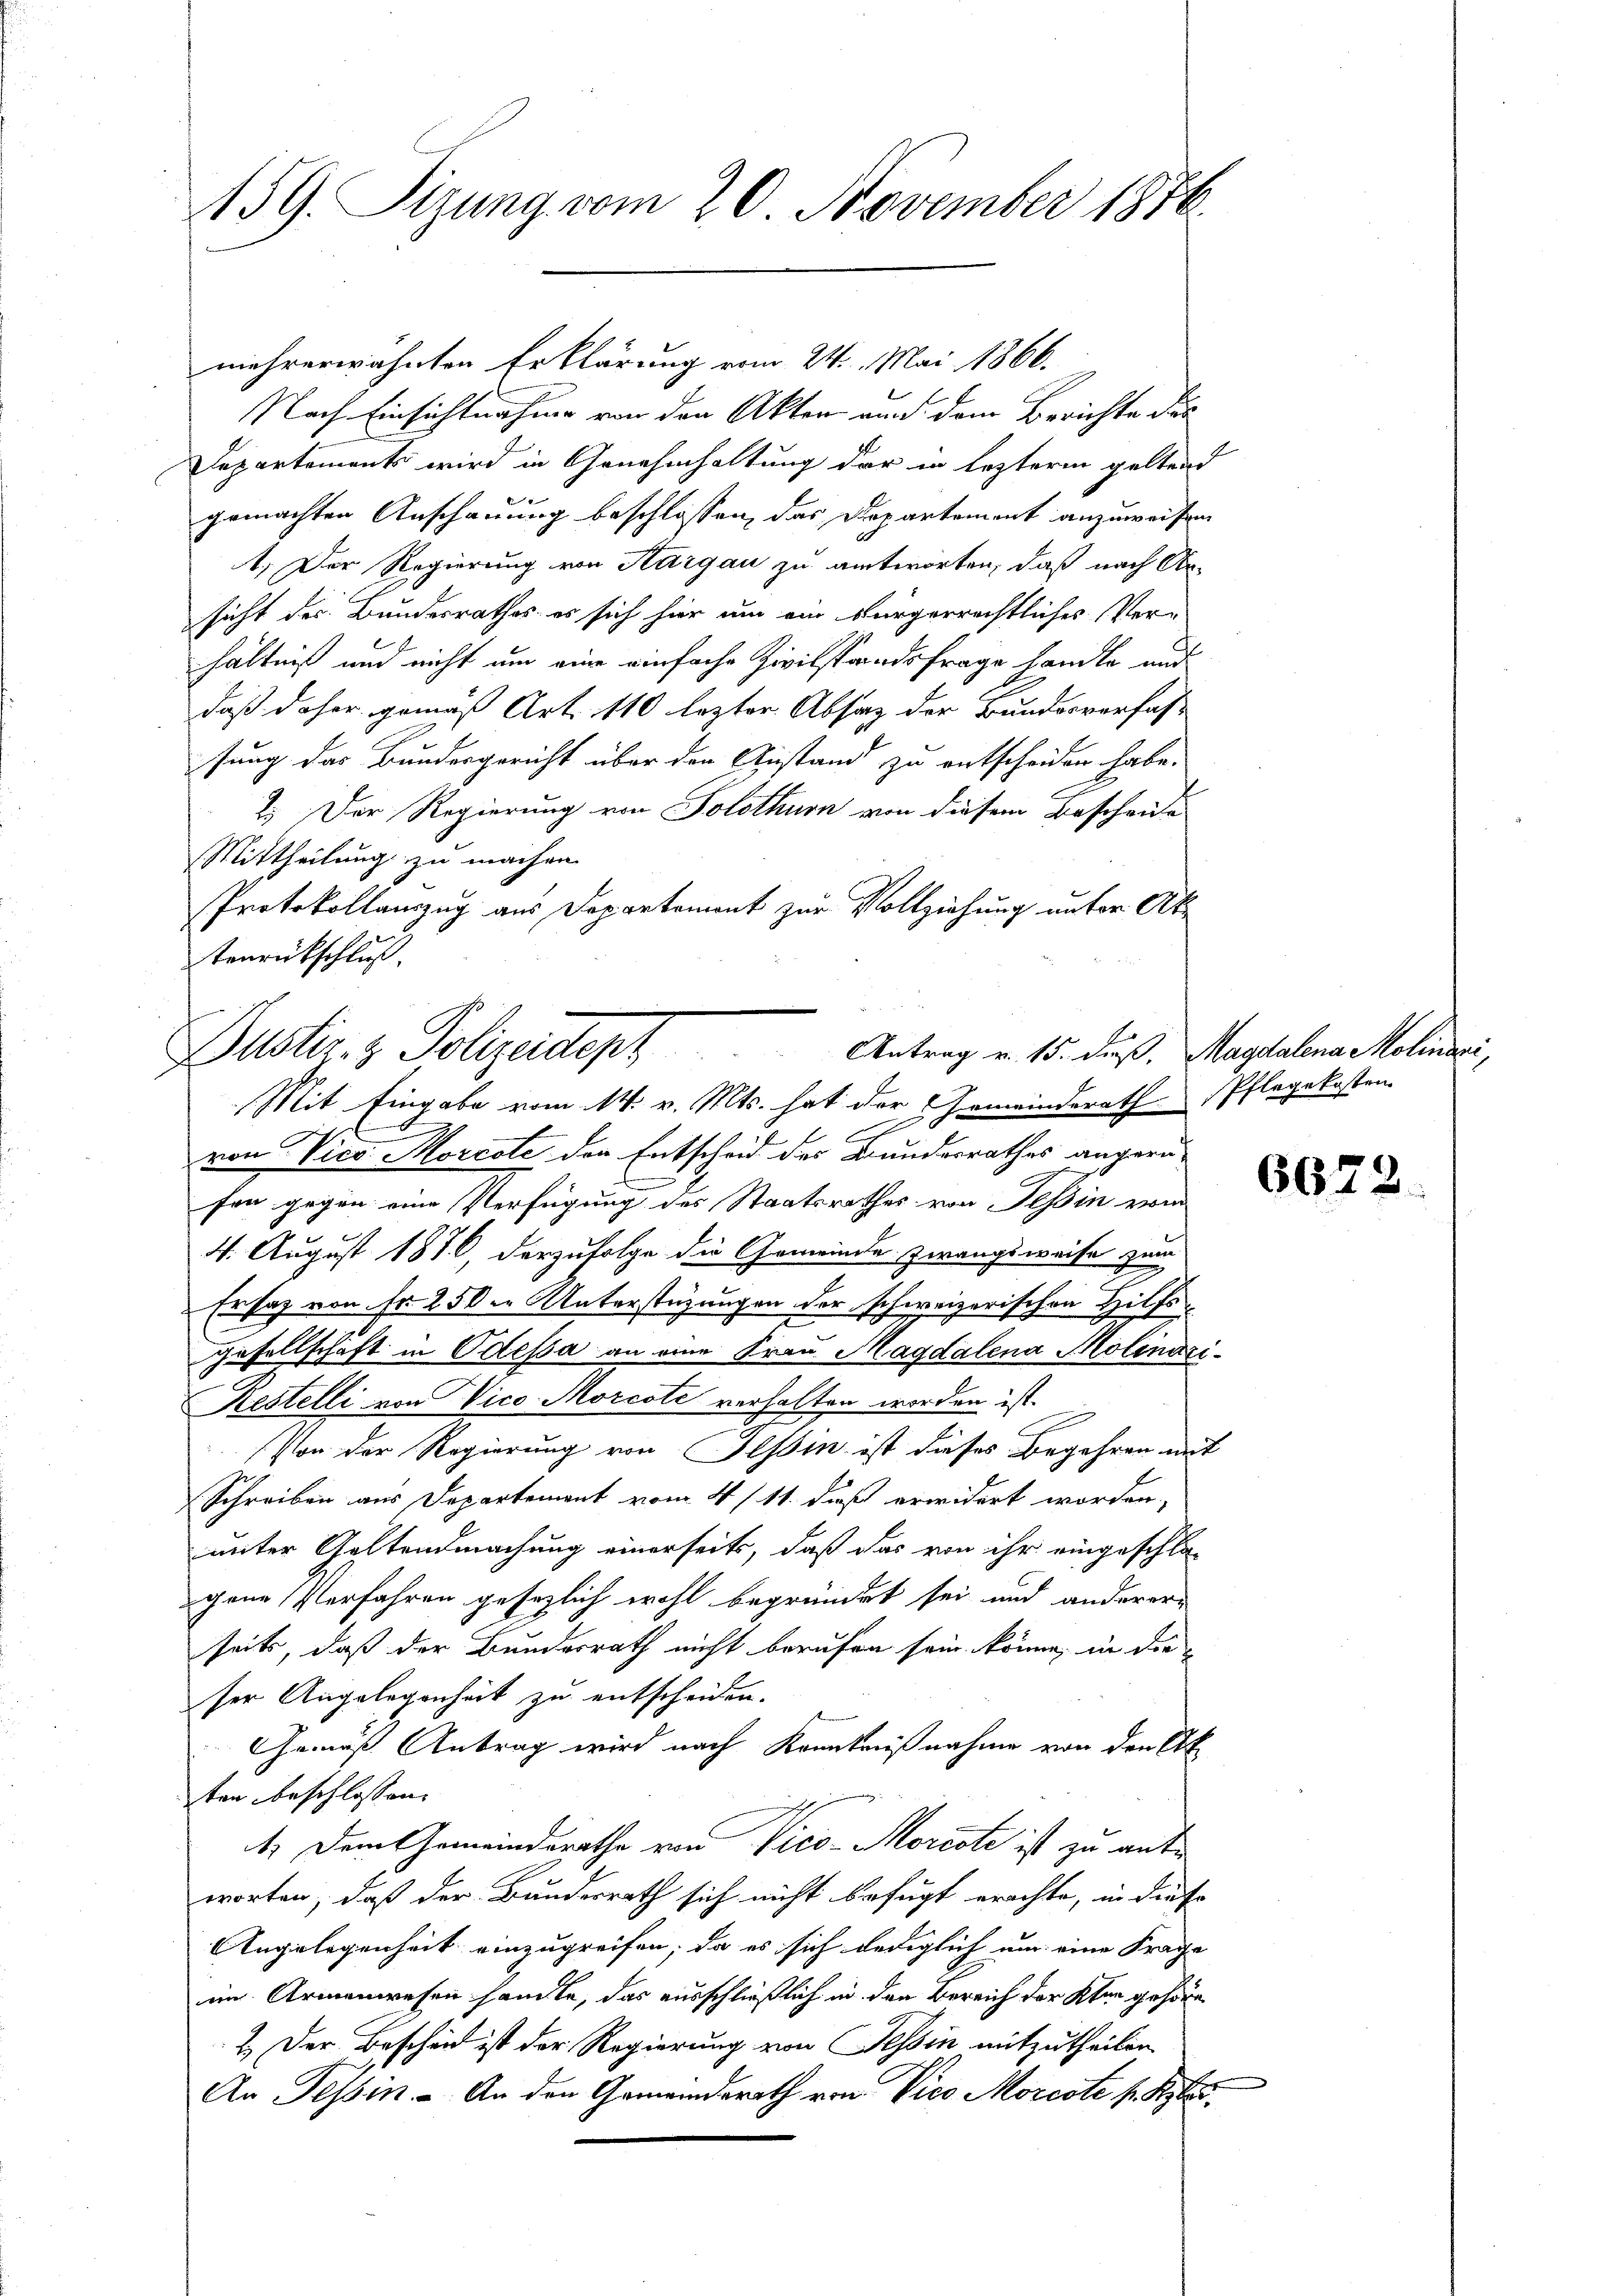
159. Sizung vom 20. November 1876.

Nach Einsichtnahme von den Akten und dem Berichte des
Departements wird in Genehmhaltung der in lezterm geltend
gemachten Anschauung beschlossen, das Departement anzuweisen
1. Der Regierung von Aargau zu antworten, daß nach Arsicht des Bundesrathes es sich hier um ein bürgerrechtliches Ver-
hältniß und nicht um eine einfache Zivilstandsfrage handte und
daß daher gemäß Art. 110 lezter Absaz der Bundesverfas-
sung das Bundesgericht über der Anstand zu entscheiden habe.
1. Der Regierung von Solothurn von diesem Bescheide
Mittheilung zu machen.
Protokollauszug aus Departement zur Vollziehung unter Attenrückschluß.

mehrerwähnten Erklärung vom 24. Mai 1866.

Puster. z. Polizeident
Antrag v. 15. daß
Mit Eingabe vom 14. v. Mts. hat der Gemeinderath Pflegekosten

Magdalena Molinari,

e
i

von Vico Morcote der Entscheid des Bundesrathes angern-
fen gegen eine Verfügung des Staatsrathes von Tessin vom
4. August 1876, derzufolge die Gemeinde zwangsweise zwa
Ersatz von fr 25 die Unterstüzungen der schweizerischen Hilfs¬
Gesellschaft in Odessa an eine Frau Magdalena Molinari¬
Restelli von Vico- Morcote verhalten worden ist.
Von der Regierung von Tessin ist dieses Begehren mit
Schreiben aus Departement vom 4/11. daß erwidert worden,
uiter Geltendmachung einerseits, daß das von ihr eingeschlos
gene Verfahren gesezlich wohl begründet sei und anderer
seits, daß der Bundesrath nicht berufen sein könne, in die
ser Angelegenheit zu entscheiden.
Gemäß Antrag wird nach Kenntnißnahme von den Ak
ten beschlossen:
4.) Dem Gemeindsrathe von Vico - Moriste ist zu antworten, daß der Bunderrath sich nicht befugt erachte, in dieser
Angelegenheit einzugreifen, da es sich lediglich um eine Frage
im Armenwesen sandte, das ausschließlich in den Bereich der Kher gehöre
2.) Der Bescheid ist der Regierung von Tessin mitzutheilen
An Tessin. - An den Gemeindsrath von Vico Moreste s. Rita¬

6679